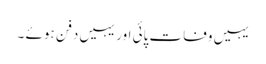
یہیں وفات پائی اور یہیں دفن ہوئے ۔